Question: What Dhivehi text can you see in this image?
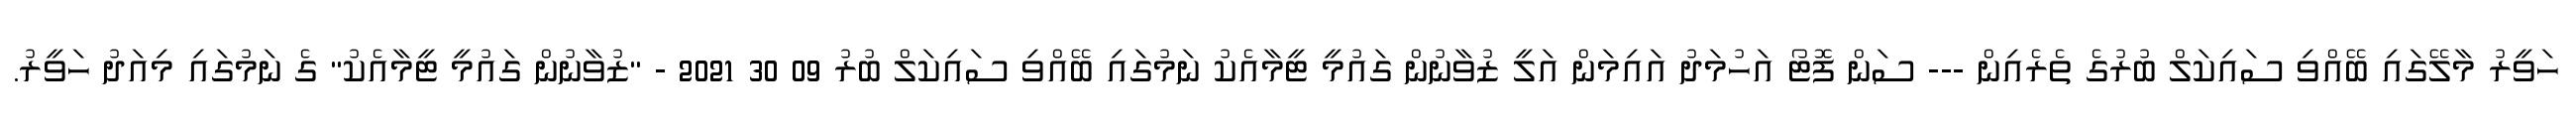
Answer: ހަވީރު މާލޭގައި ބޭއްވި ސައިކަލް ބުރުގެ ތެރެއިން --- ސަން ފޮޓޯ އަހުމަދު އައިމަން އަލީ ޒުވާނުން ގައުމީ ޓީމާއެކު ނަމުގައި ބޭއްވި ސައިކަލް ބުރު 09 30 2021 - "ޒުވާނުން ގައުމީ ޓީމާއެކު" ގެ ނަމުގައި މިއަދު ހަވީރު.